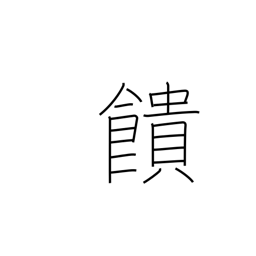
Meaning: offer